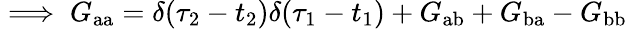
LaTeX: \implies G_{\mathrm{aa}}=\delta(\tau_{2}-t_{2})\delta(\tau_{1}-t_{1})+G_{\mathrm{ab}}+G_{\mathrm{ba}}-G_{\mathrm{bb}}